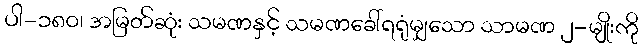
ပါ-၁၈၀၊ အမြတ်ဆုံး သမဏနှင့် သမဏခေါ်ရရုံမျှသော သာမဏ ၂-မျိုးကို